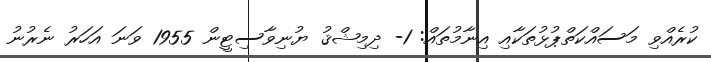
ކުރެއްވި މަސައްކަތްޕުޅުތަކާއި އިނާމުތައް: 1- ދިމިޝްޤު ޔުނިވާސިޓީން 1955 ވަނަ އަހަރު ނެރުނު